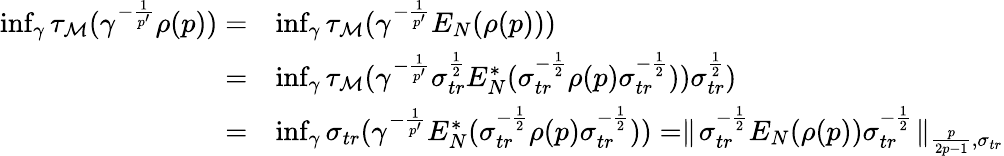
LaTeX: \begin{array}{rl}{\operatorname*{inf}_{\gamma}\tau_{\mathcal M}(\gamma^{-\frac{1}{p^{\prime}}}\rho(p))=}&{\operatorname*{inf}_{\gamma}\tau_{\mathcal M}(\gamma^{-\frac{1}{p^{\prime}}}E_{N}(\rho(p)))}\\ {=}&{\operatorname*{inf}_{\gamma}\tau_{\mathcal M}(\gamma^{-\frac{1}{p^{\prime}}}\sigma_{tr}^{\frac{1}{2}}E_{N}^{*}(\sigma_{tr}^{-\frac{1}{2}}\rho(p)\sigma_{tr}^{-\frac{1}{2}}))\sigma_{tr}^{\frac{1}{2}})}\\ {=}&{\operatorname*{inf}_{\gamma}\sigma_{tr}(\gamma^{-\frac{1}{p^{\prime}}}E_{N}^{*}(\sigma_{tr}^{-\frac{1}{2}}\rho(p)\sigma_{tr}^{-\frac{1}{2}}))=\parallel\! \sigma_{tr}^{-\frac{1}{2}}E_{N}(\rho(p))\sigma_{tr}^{-\frac{1}{2}}\! \parallel_{\frac{p}{2p-1},\sigma_{tr}}}\end{array}